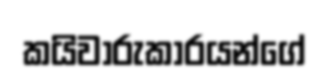
කයිවාරුකාරයන්ගේ